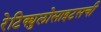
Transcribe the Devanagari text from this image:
रेटिक्युलोसाइटसची